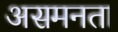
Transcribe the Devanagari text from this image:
असमनता